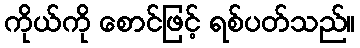
ကိုယ်ကို စောင်ဖြင့် ရစ်ပတ်သည်။